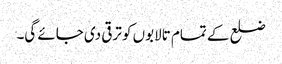
ضلع کے تمام تالابوں کو ترقی دی جائے گی۔